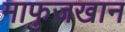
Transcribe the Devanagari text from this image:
माफुजखान